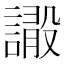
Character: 𧫫